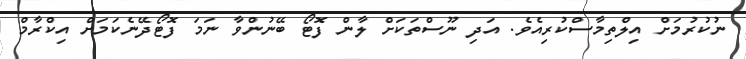
ނުކުރުމަށް އިލްތިމާސްކުރިއެވެ. އަދި ނޫސްތަކަށް ލާން ފޮޓޯ ބޭނުންވާ ނަމަ ފޮޓޯދޭނެކަމަށް އިކްރާމް